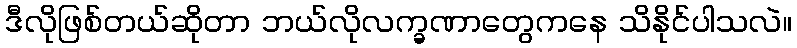
ဒီလိုဖြစ်တယ်ဆိုတာ ဘယ်လိုလက္ခဏာတွေကနေ သိနိုင်ပါသလဲ။